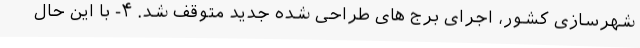
شهرسازی کشور، اجرای برج های طراحی شده جدید متوقف شد. ۴- با این حال